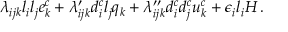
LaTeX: { \lambda _ { i j k } l _ { i } l _ { j } e _ { k } ^ { c } + \lambda _ { i j k } ^ { \prime } d _ { i } ^ { c } l _ { j } q _ { k } + \lambda _ { i j k } ^ { \prime \prime } d _ { i } ^ { c } d _ { j } ^ { c } u _ { k } ^ { c } + \epsilon _ { i } l _ { i } H \, . }